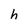
Character: h